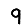
Digit: 9